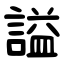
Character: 謚